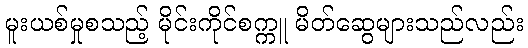
မူးယစ်မှုစသည့် မိုင်းကိုင်စက္ကူ မိတ်ဆွေများသည်လည်း